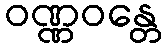
ဝဏ္ဏဝန္တေ